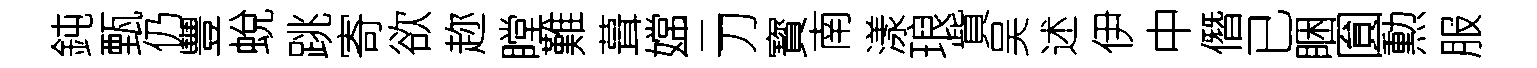
鈍甄仍豐蛻跳寄欲趂瞠難葺嫦三刀寳南漾琅貲吴述伊中僭已睏圎勲服